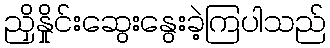
ညှိနှိုင်းဆွေးနွေးခဲ့ကြပါသည်